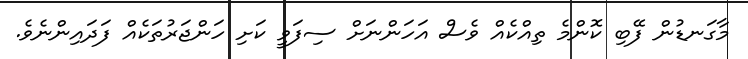
މާގަނޑުން ފޭބި ކޮންމެ ތިއްކެއް ވެސް އަހަންނަށް ސިފަވީ ކަށި ހަންޖަރުތަކެއް ފަދައިންނެވެ.